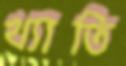
খ্যাতি